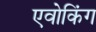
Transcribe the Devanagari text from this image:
एवोकिंग